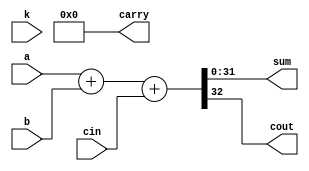
//#############################################################################
//# Function: Binary adder                                                    #
//#############################################################################
//# Author:   Andreas Olofsson                                                #
//# License:  MIT (see LICENSE file in OH! repository)                        #
//#############################################################################

module oh_add
  #(parameter N    = 32,        // block width
    parameter SYN  = "TRUE",    // synthesizable
    parameter TYPE = "DEFAULT"  // implementation type
    )
   (//inputs
    input [N-1:0]  a, // first operand
    input [N-1:0]  b, // second operand
    input [N-1:0]  k, // carrry kill signal (active high)
    input 	   cin,// carry in
    //outputs
    output [N-1:0] sum,// sum
    output [N-1:0] carry,// complete carry out vector
    output 	   cout// carry out from msb
    );

   generate
      if(SYN == "TRUE")  begin
	 assign {cout,sum[N-1:0]} = a[N-1:0] + b[N-1:0] + cin;
	 //TODO: FIX
	 assign carry = 'b0;
      end
      else begin
	 asic_add #(.TYPE(TYPE),
		    .N(N))
	 asic_add (// Outputs
		   .sum		(sum[N-1:0]),
		   .carry	(carry[N-1:0]),
		   .cout	(cout),
		   // Inputs
		   .a		(a[N-1:0]),
		   .b		(b[N-1:0]),
		   .k		(k[N-1:0]),
		   .cin		(cin));

      end
   endgenerate
endmodule